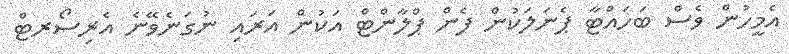
އެމީހުން ވެސް ބަހައްޓާ ޕެނަލަކުން ފެން ޕްލާންޓް އަކުން އަރައި ނުގަނެވޭނެ އެރިސޯރޓް